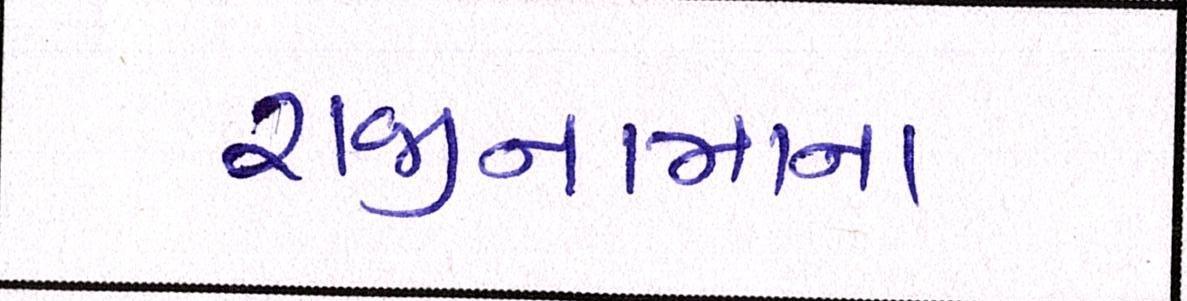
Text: રાજીનામાના